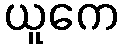
ယူကေ